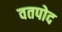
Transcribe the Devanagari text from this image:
वतपोद